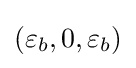
(\varepsilon _{b},0,\varepsilon _{b})